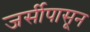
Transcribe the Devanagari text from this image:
जर्सीपासून